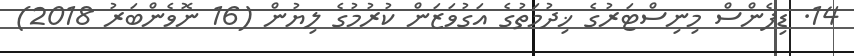
14. ޑިފެންސް މިނިސްޓަރުގެ ޚިދުމަތުގެ އަގުވަޒަން ކުރުމުގެ ލިޔުން (16 ނޮވެންބަރު 2018)